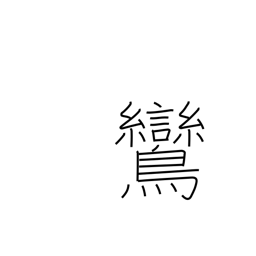
Meaning: fabulous mythical bird